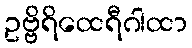
ဥဗ္ဗိရိထေရီဂါထာ